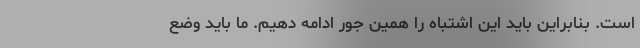
است. بنابراین باید این اشتباه را همین جور ادامه دهیم. ما باید وضع